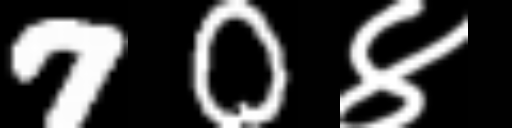
Text: 70४